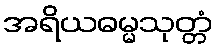
အရိယဓမ္မသုတ္တံ